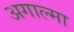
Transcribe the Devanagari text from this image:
अगाल्मा